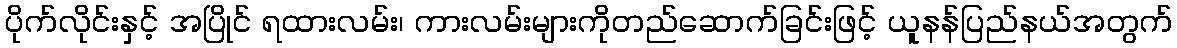
ပိုက်လိုင်းနှင့် အပြိုင် ရထားလမ်း၊ ကားလမ်းများကိုတည်ဆောက်ခြင်းဖြင့် ယူနန်ပြည်နယ်အတွက်